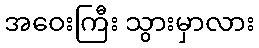
အဝေးကြီး သွားမှာလား